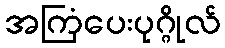
အကြံပေးပုဂ္ဂိုလ်